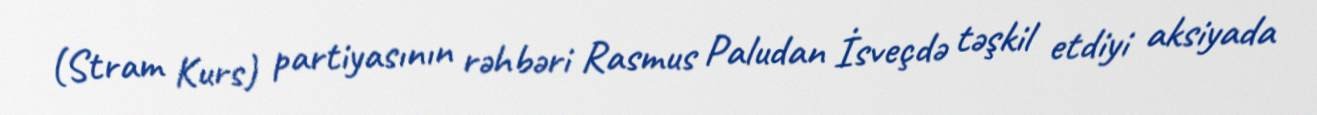
(Stram Kurs) partiyasının rəhbəri Rasmus Paludan İsveçdə təşkil etdiyi aksiyada